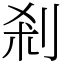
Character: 剎